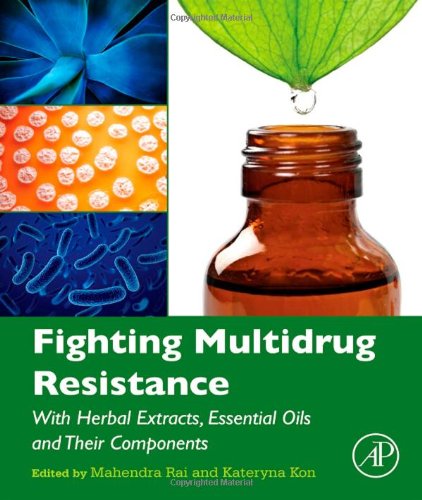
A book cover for Fighting Multidrug Resistance with Herbal Extracts, Essential Oils and Their Components; Science & Math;